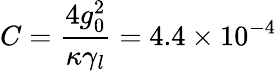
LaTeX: C=\frac{4g_{0}^{2}}{\kappa\gamma_{l}}=4.4\times 10^{-4}